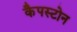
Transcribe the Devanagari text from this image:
कैपस्टोन